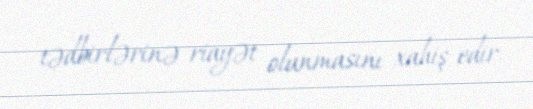
tədbirlərinə riayət olunmasını xahiş edir.